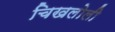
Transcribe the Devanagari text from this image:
चिखलोली